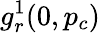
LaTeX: g_{r}^{1}(0,p_{c})